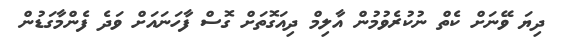
ދިޔަ ވޭނަށް ކެތް ނުކުރެވުމުން އާލިމް ދިއަގޮތަށް ގޮސް ފާހަނައަށް ވަދެ ފެންމާގަޑުން